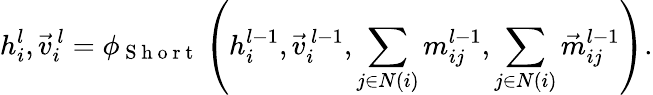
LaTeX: h_{i}^{l},\vec{v}_{i}^{\, l}=\phi_{\mathrm{~S~h~o~r~t~}}\left(h_{i}^{l-1},\vec{v}_{i}^{\, l-1},\sum_{j\in N(i)}m_{ij}^{l-1},\sum_{j\in N(i)}\vec{m}_{ij}^{l-1}\right).